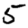
Digit: 5